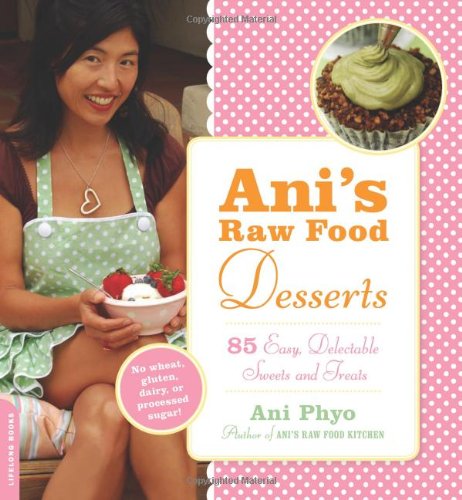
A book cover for Ani's Raw Food Desserts: 85 Easy, Delectable Sweets and Treats; Ani Phyo; Cookbooks, Food & Wine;